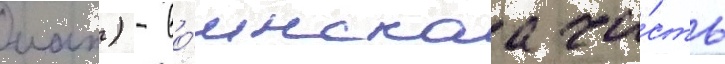
иап) - во́инскаа ча́сть